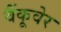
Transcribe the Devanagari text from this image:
वैंकूवेर